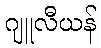
ဂျူလီယန်